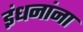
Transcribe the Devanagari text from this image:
इंधनांना